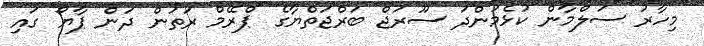
މިހާރު ސަލްމާން ކުޅެމުންދަ ސޫރަޖް ބަރްޖަތްޔާގެ "ޕްރޭމް ރަތަން ދަން ޕާޔޯ" ގައި